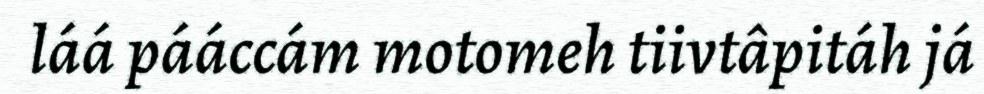
láá pááccám motomeh tiivtâpitáh já